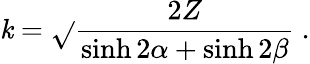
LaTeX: \mathit{k}=\sqrt{}{{\frac{{2Z}}{{\sinh2\alpha+\sinh2\beta}}}}\ .